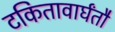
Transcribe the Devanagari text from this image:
टकितावार्घंतौ